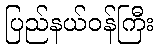
ပြည်နယ်ဝန်ကြီး